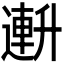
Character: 𫧧